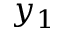
y _ { 1 }